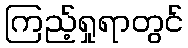
ကြည့်ရှုရာတွင်